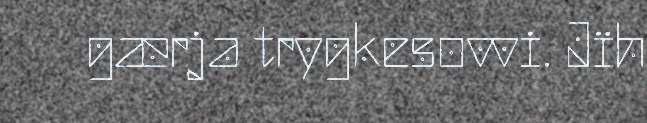
gærja trygkesovvi. Jïh